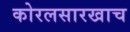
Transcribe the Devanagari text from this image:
कोरलसारखाच